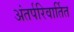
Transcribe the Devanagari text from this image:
अंतर्परिवार्तित